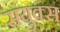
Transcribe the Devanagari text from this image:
संयुक्स